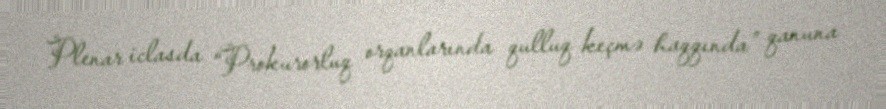
Plenar iclasda “Prokurorluq orqanlarında qulluq keçmə haqqında” qanuna